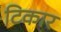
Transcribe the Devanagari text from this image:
टिकार